Medical and sanitary report of the native army of Bengal for the year
Year: 1874
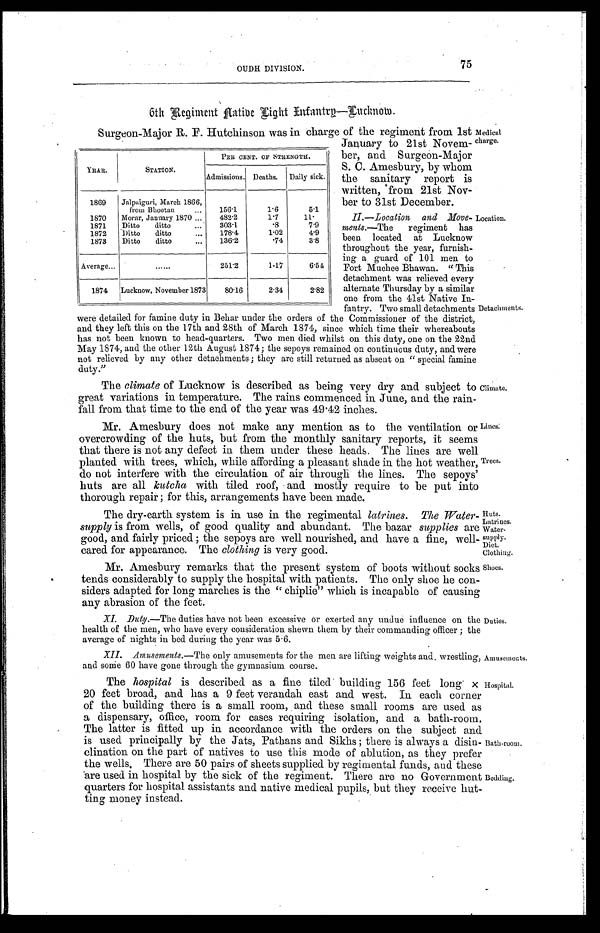
75
OUDH DIVISION.
6th Regiment Native Light Infantry—Lucknow.
Surgeon-Major R. F. Hutchinson was in charge of the regiment from 1st
January to 21st Novem
- b e r , a n d S u r g e o n - M a j o r
S. C. Amesbury, by whom
the sanitary report is
written, from 21st Nov-
- b e r t o 3 1 s t D e c e m b e r . M e d i c a l c h a r g e .
II.—Location and Move
-
ments.—The
regiment has
been located at Lucknow
throughout the year, furnish
-
ing a guard of 101 men to
Fort Muchee Bhawan. "This
detachment was relieved every
alternate Thursday by a similar
one from the 41st Native In
-fantry. Two small detachments
were detailed for famine duty in Behar under the orders of the Commissioner of the district,
and they left this on the 17th and 28th of March 1874, since which time their whereabouts
has not been known to head-quarters. Two men died whilst on this duty, one on the 22nd
May 1874, and the other 12th August 1874; the sepoys remained on continuous duty, and were
not relieved by any other detachments; they are still returned as absent on "special famine
duty."
YEAR.
STATION.
PER CENT OF STRENGTH.
Admissions. Deaths.
Daily sick.
1869
Jalpaiguri, March 1866,
from Bhootan . . .
156.1
1.6
5.1
1870
Morar, January 1870 . . .
482.2
1.7
11.
1871
Ditto ditto . . .
303.1
. 8
7.9
1872
Ditto ditto . . .
178.4
1.02
4.9
1873
Ditto ditto
. . .
136.2
. 7 4
3.8
Average. . .
. . .
251.2
1.17
6.54
1874
Lucknow, November 1873
80.16
2.34
2.82
Detachments.
Location.
The climate of Lucknow is described as being very dry and subject to
great variations in temperature. The rains commenced in June, and the rain
-fall from that time to the end of the year was 49.42 inches.
Mr. Amesbury does not make any mention as to the ventilation or
overcrowding of the huts, but from the monthly sanitary reports, it seems
that there is not any defect in them under these heads. The lines are well
planted with trees, which, while affording a pleasant shade in the hot weather,
do not interfere with the circulation of air through the lines. The sepoys'
huts are all kutcha with tiled roof, and mostly require to be put into
thorough repair; for this, arrangements have been made.
Climate.
Lines:
Trees.
Huts.
Latrines.
Water
-supply.
Diet.
Clothing.
The dry-earth system is in use in the regimental latrines. The Water
-supply is from wells, of good quality and abundant. The bazar supplies are
good, and fairly priced ; the sepoys are well nourished, and have a fine, well-
cared for appearance. The clothing is very good.
Shoes.
Mr. Amesbury remarks that the present system of boots without socks
tends considerably to supply the hospital with patients. The only shoe he con
-siders adapted for long marches is the "chiplie" which is incapable of causing
any abrasion of the feet.
XI. Duty.—The duties have not been excessive or exerted any undue influence on the
health of the men, who have every consideration shewn them by their commanding officer; the
average of nights in bed during the year was 5.6.
XII. Amusements.— The only amusements for the men are lifting weights and, wrestling,
and some 60 have gone through the gymnasium course.
Duties.
Amusements.
The hospital is described as a fine tiled building 156 feet long
× 2 0 f e e t b r o a d , a n d h a s a 9 f e e t v e r a n d a h e a s t a n d w e s t . I n e a c h c o r n e r
of the building there is a small room, and these small rooms are used as
a dispensary, office, room for cases requiring isolation, and a bath-room.
The latter is fitted up in accordance with the orders on the subject and
is used principally by the Jats, Pathans and Sikhs; there is always a disin
-clination on the part of natives to use this mode of ablution, as they prefer
the wells. There are 50 pairs of sheets supplied by regimental funds, and these
are used in hospital by the sick of the regiment. There are no Government
quarters for hospital assistants and native medical pupils, but they receive hut-
ting money instead.
Hospital.
Bath-room.
Bedding.